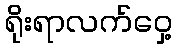
ရိုးရာလက်ဝှေ့